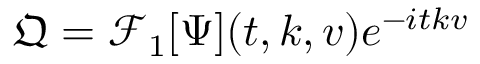
\mathfrak { Q } = \mathcal { F } _ { 1 } [ \Psi ] ( t , k , v ) e ^ { - i t k v }